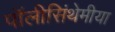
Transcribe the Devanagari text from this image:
पॉलीसिंथेमीया